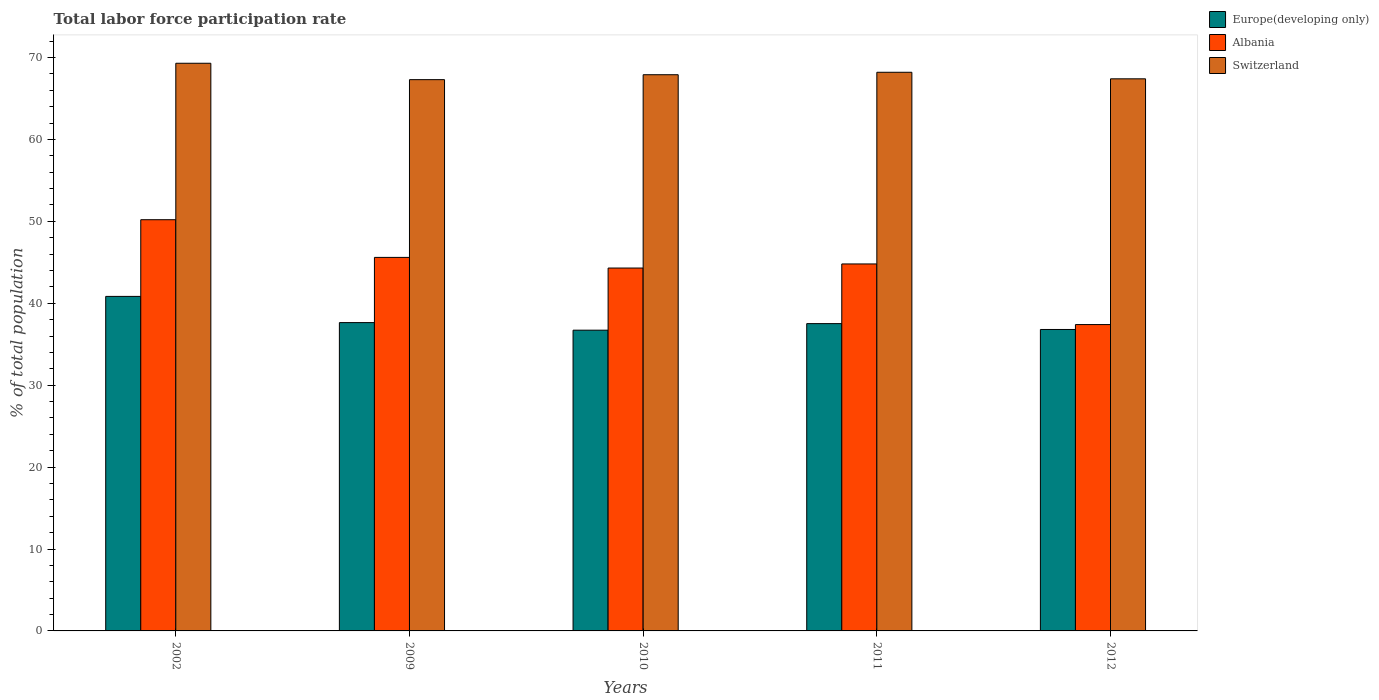
| Years | Europe(developing only) | Albania | Switzerland |
 | --- | --- | --- | --- |
 | 2002 | 40.8 | 50.2 | 69.3 |
 | 2009 | 37.6 | 45.6 | 67.3 |
 | 2010 | 36.7 | 44.3 | 67.9 |
 | 2011 | 37.5 | 44.8 | 68.2 |
 | 2012 | 36.8 | 37.4 | 67.4 |